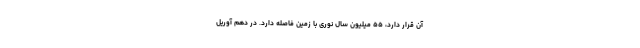
آن قرار دارد، ۵۵ میلیون سال نوری با زمین فاصله دارد. در دهم آوریل